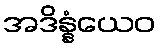
အဒိန္နံယေဝ